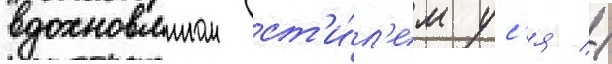
вдохновлнном ст'и́л'ем ус'я //